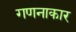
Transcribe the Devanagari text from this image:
गणनाकार